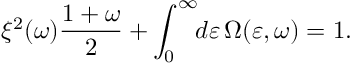
\xi ^ { 2 } ( \omega ) \frac { 1 + \omega } { 2 } + \int _ { 0 } ^ { \infty } \! \! d \varepsilon \, \Omega ( \varepsilon , \omega ) = 1 .